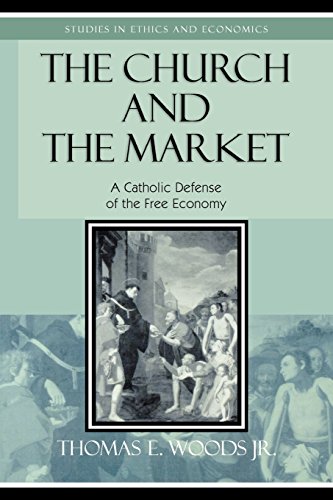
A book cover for The Church and the Market: A Catholic Defense of the Free Economy (Studies in Ethics and Economics); Thomas E. Woods Jr.; History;